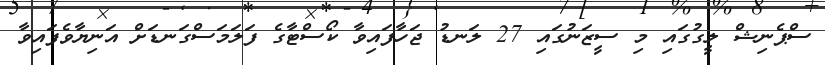
ސްޕެނިޝް ލީގުގައި މި ސީޒަނުގައި 27 ލަނޑު ޖަހާފައިވާ ކޯސްޓާގެ ފަލަމަސްގަނޑަށް އަނިޔާވެފައިވާ